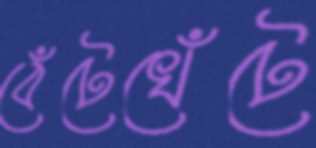
বেঁটেখেঁটে